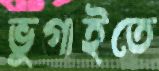
ভুগাইতে